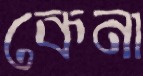
কেনা